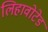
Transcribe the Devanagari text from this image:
लिहावोटेड